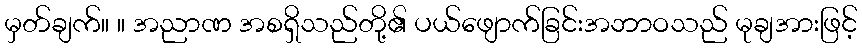
မှတ်ချက်။ ။ အညာဏ အစရှိသည်တို့၏ ပယ်ဖျောက်ခြင်းအဘာဝသည် မုချအားဖြင့်